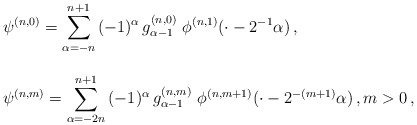
\begin{align*} \begin{array}{l}\displaystyle \psi^{(n,0)} = \sum_{\alpha = -n}^{n+1} \, (-1)^\alpha \, g_{\alpha-1}^{(n,0)} \ \phi^{(n,1)}(\cdot-2^{-1}\alpha)\,, \\ \\\displaystyle \psi^{(n,m)} = \sum_{\alpha =-2n}^{n+1} \, (-1)^\alpha \, g_{\alpha-1}^{(n,m)} \ \phi^{(n,m+1)}(\cdot-2^{-(m+1)}\alpha)\,, m>0\,,\end{array}\end{align*}